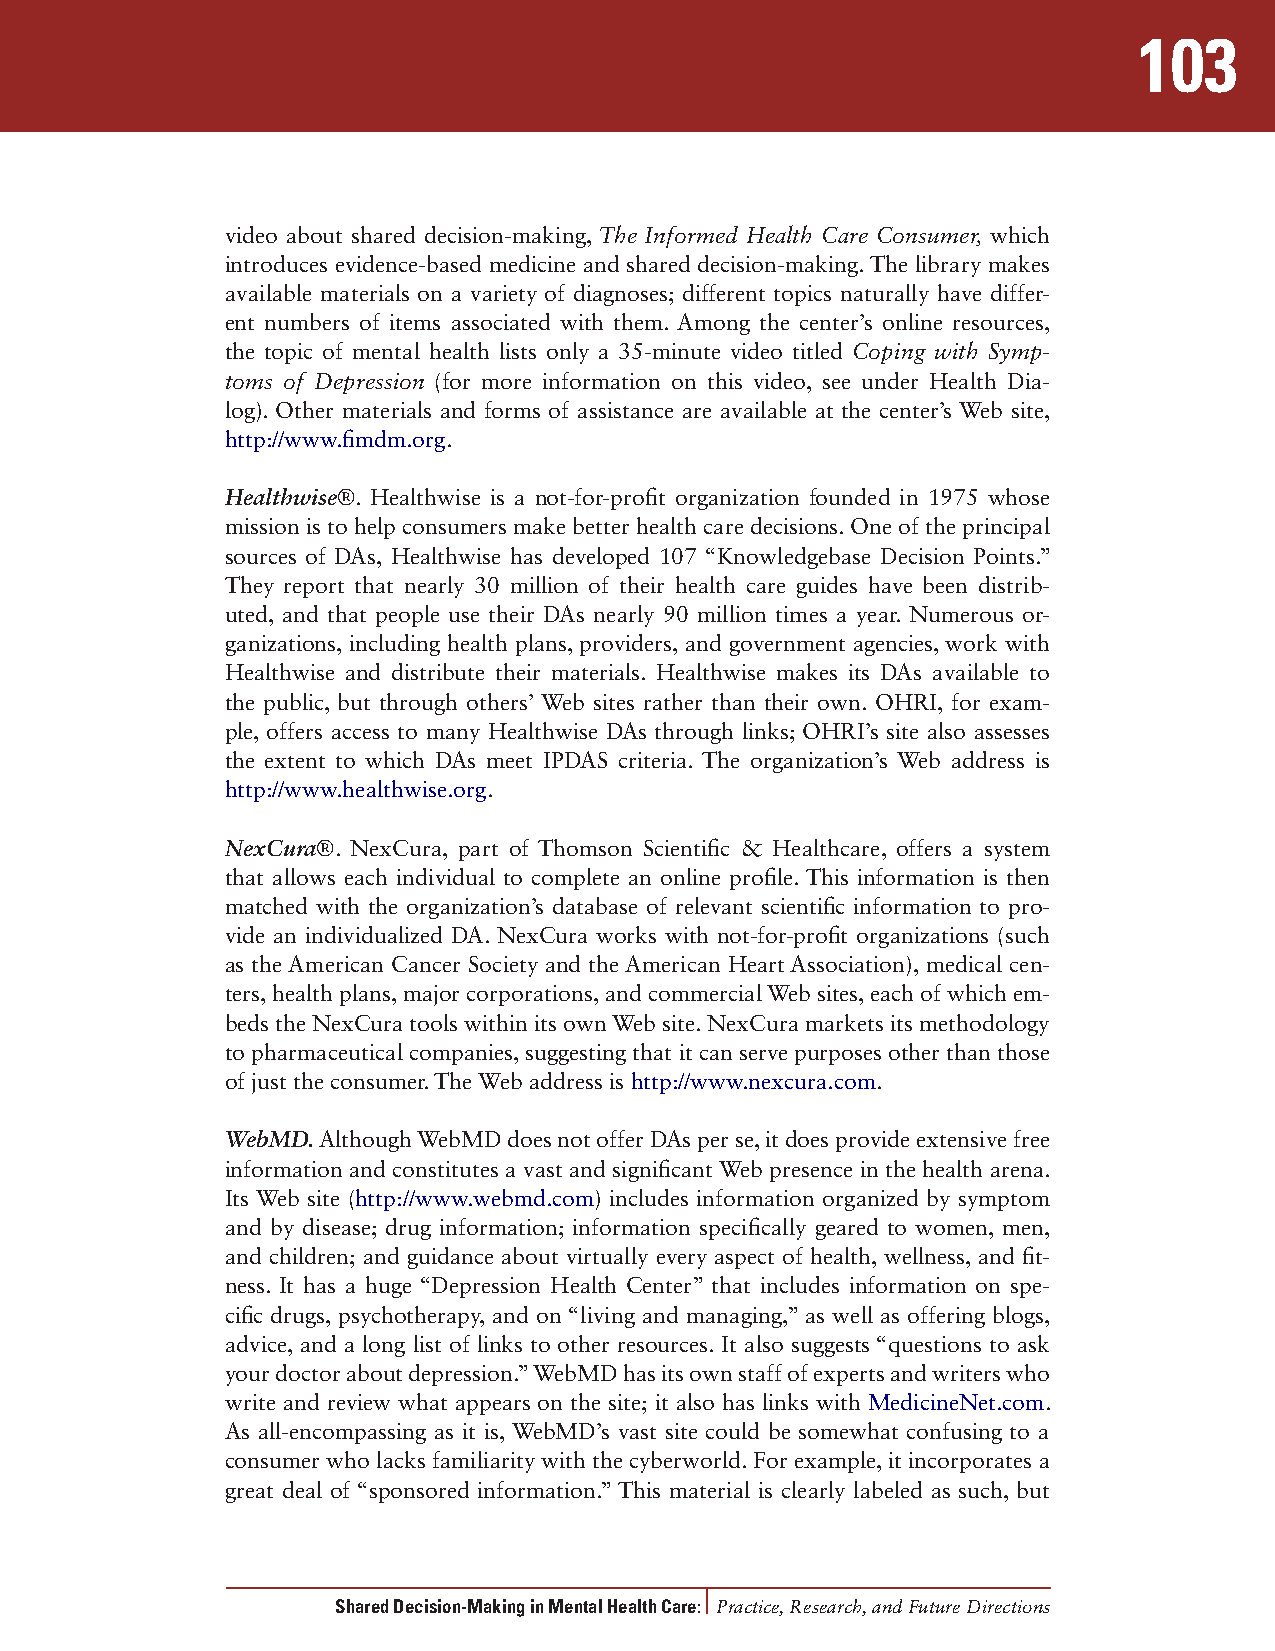
103
 video about shared decision-making, The Informed Health Care Consumer, which
 introduces evidence-based medicine and shared decision-making. The library makes
 available materials on a variety of diagnoses; different topics naturally have differ-
 ent numbers of items associated with them. Among the center’s online resources,
 the topic of mental health lists only a 35-minute video titled Coping with Symp-
 toms of Depression (for more information on this video, see under Health Dia-
 log). Other materials and forms of assistance are available at the center’s Web site,
 http://www.fimdm.org.
 Healthwise®. Healthwise is a not-for-profit organization founded in 1975 whose
 mission is to help consumers make better health care decisions. One of the principal
 sources of DAs, Healthwise has developed 107 “Knowledgebase Decision Points.”
 They report that nearly 30 million of their health care guides have been distrib-
 uted, and that people use their DAs nearly 90 million times a year. Numerous or-
 ganizations, including health plans, providers, and government agencies, work with
 Healthwise and distribute their materials. Healthwise makes its DAs available to
 the public, but through others’ Web sites rather than their own. OHRI, for exam-
 ple, offers access to many Healthwise DAs through links; OHRI’s site also assesses
 the extent to which DAs meet IPDAS criteria. The organization’s Web address is
 http://www.healthwise.org.
 NexCura®. NexCura, part of Thomson Scientific & Healthcare, offers a system
 that allows each individual to complete an online profile. This information is then
 matched with the organization’s database of relevant scientific information to pro-
 vide an individualized DA. NexCura works with not-for-profit organizations (such
 as the American Cancer Society and the American Heart Association), medical cen-
 ters, health plans, major corporations, and commercial Web sites, each of which em-
 beds the NexCura tools within its own Web site. NexCura markets its methodology
 to pharmaceutical companies, suggesting that it can serve purposes other than those
 of just the consumer. The Web address is http://www.nexcura.com.
 WebMD. Although WebMD does not offer DAs per se, it does provide extensive free
 information and constitutes a vast and significant Web presence in the health arena.
 Its Web site (http://www.webmd.com) includes information organized by symptom
 and by disease; drug information; information specifically geared to women, men,
 and children; and guidance about virtually every aspect of health, wellness, and fit-
 ness. It has a huge “Depression Health Center” that includes information on spe-
 cific drugs, psychotherapy, and on “living and managing,” as well as offering blogs,
 advice, and a long list of links to other resources. It also suggests “questions to ask
 your doctor about depression.” WebMD has its own staff of experts and writers who
 write and review what appears on the site; it also has links with MedicineNet.com.
 As all-encompassing as it is, WebMD’s vast site could be somewhat confusing to a
 consumer who lacks familiarity with the cyberworld. For example, it incorporates a
 great deal of “sponsored information.” This material is clearly labeled as such, but
 Shared Decision-Making in Mental Health Care: Practice, Research, and Future Directions